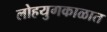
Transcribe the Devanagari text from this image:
लोहयुगकाळात